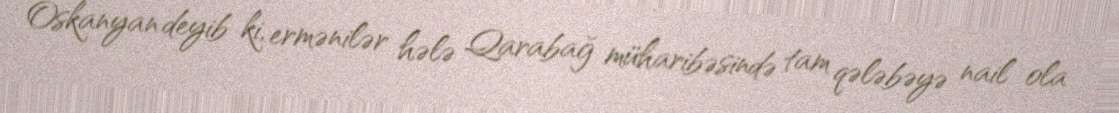
Oskanyan deyib ki, ermənilər hələ Qarabağ müharibəsində tam qələbəyə nail ola